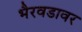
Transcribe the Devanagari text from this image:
भैरवडावर